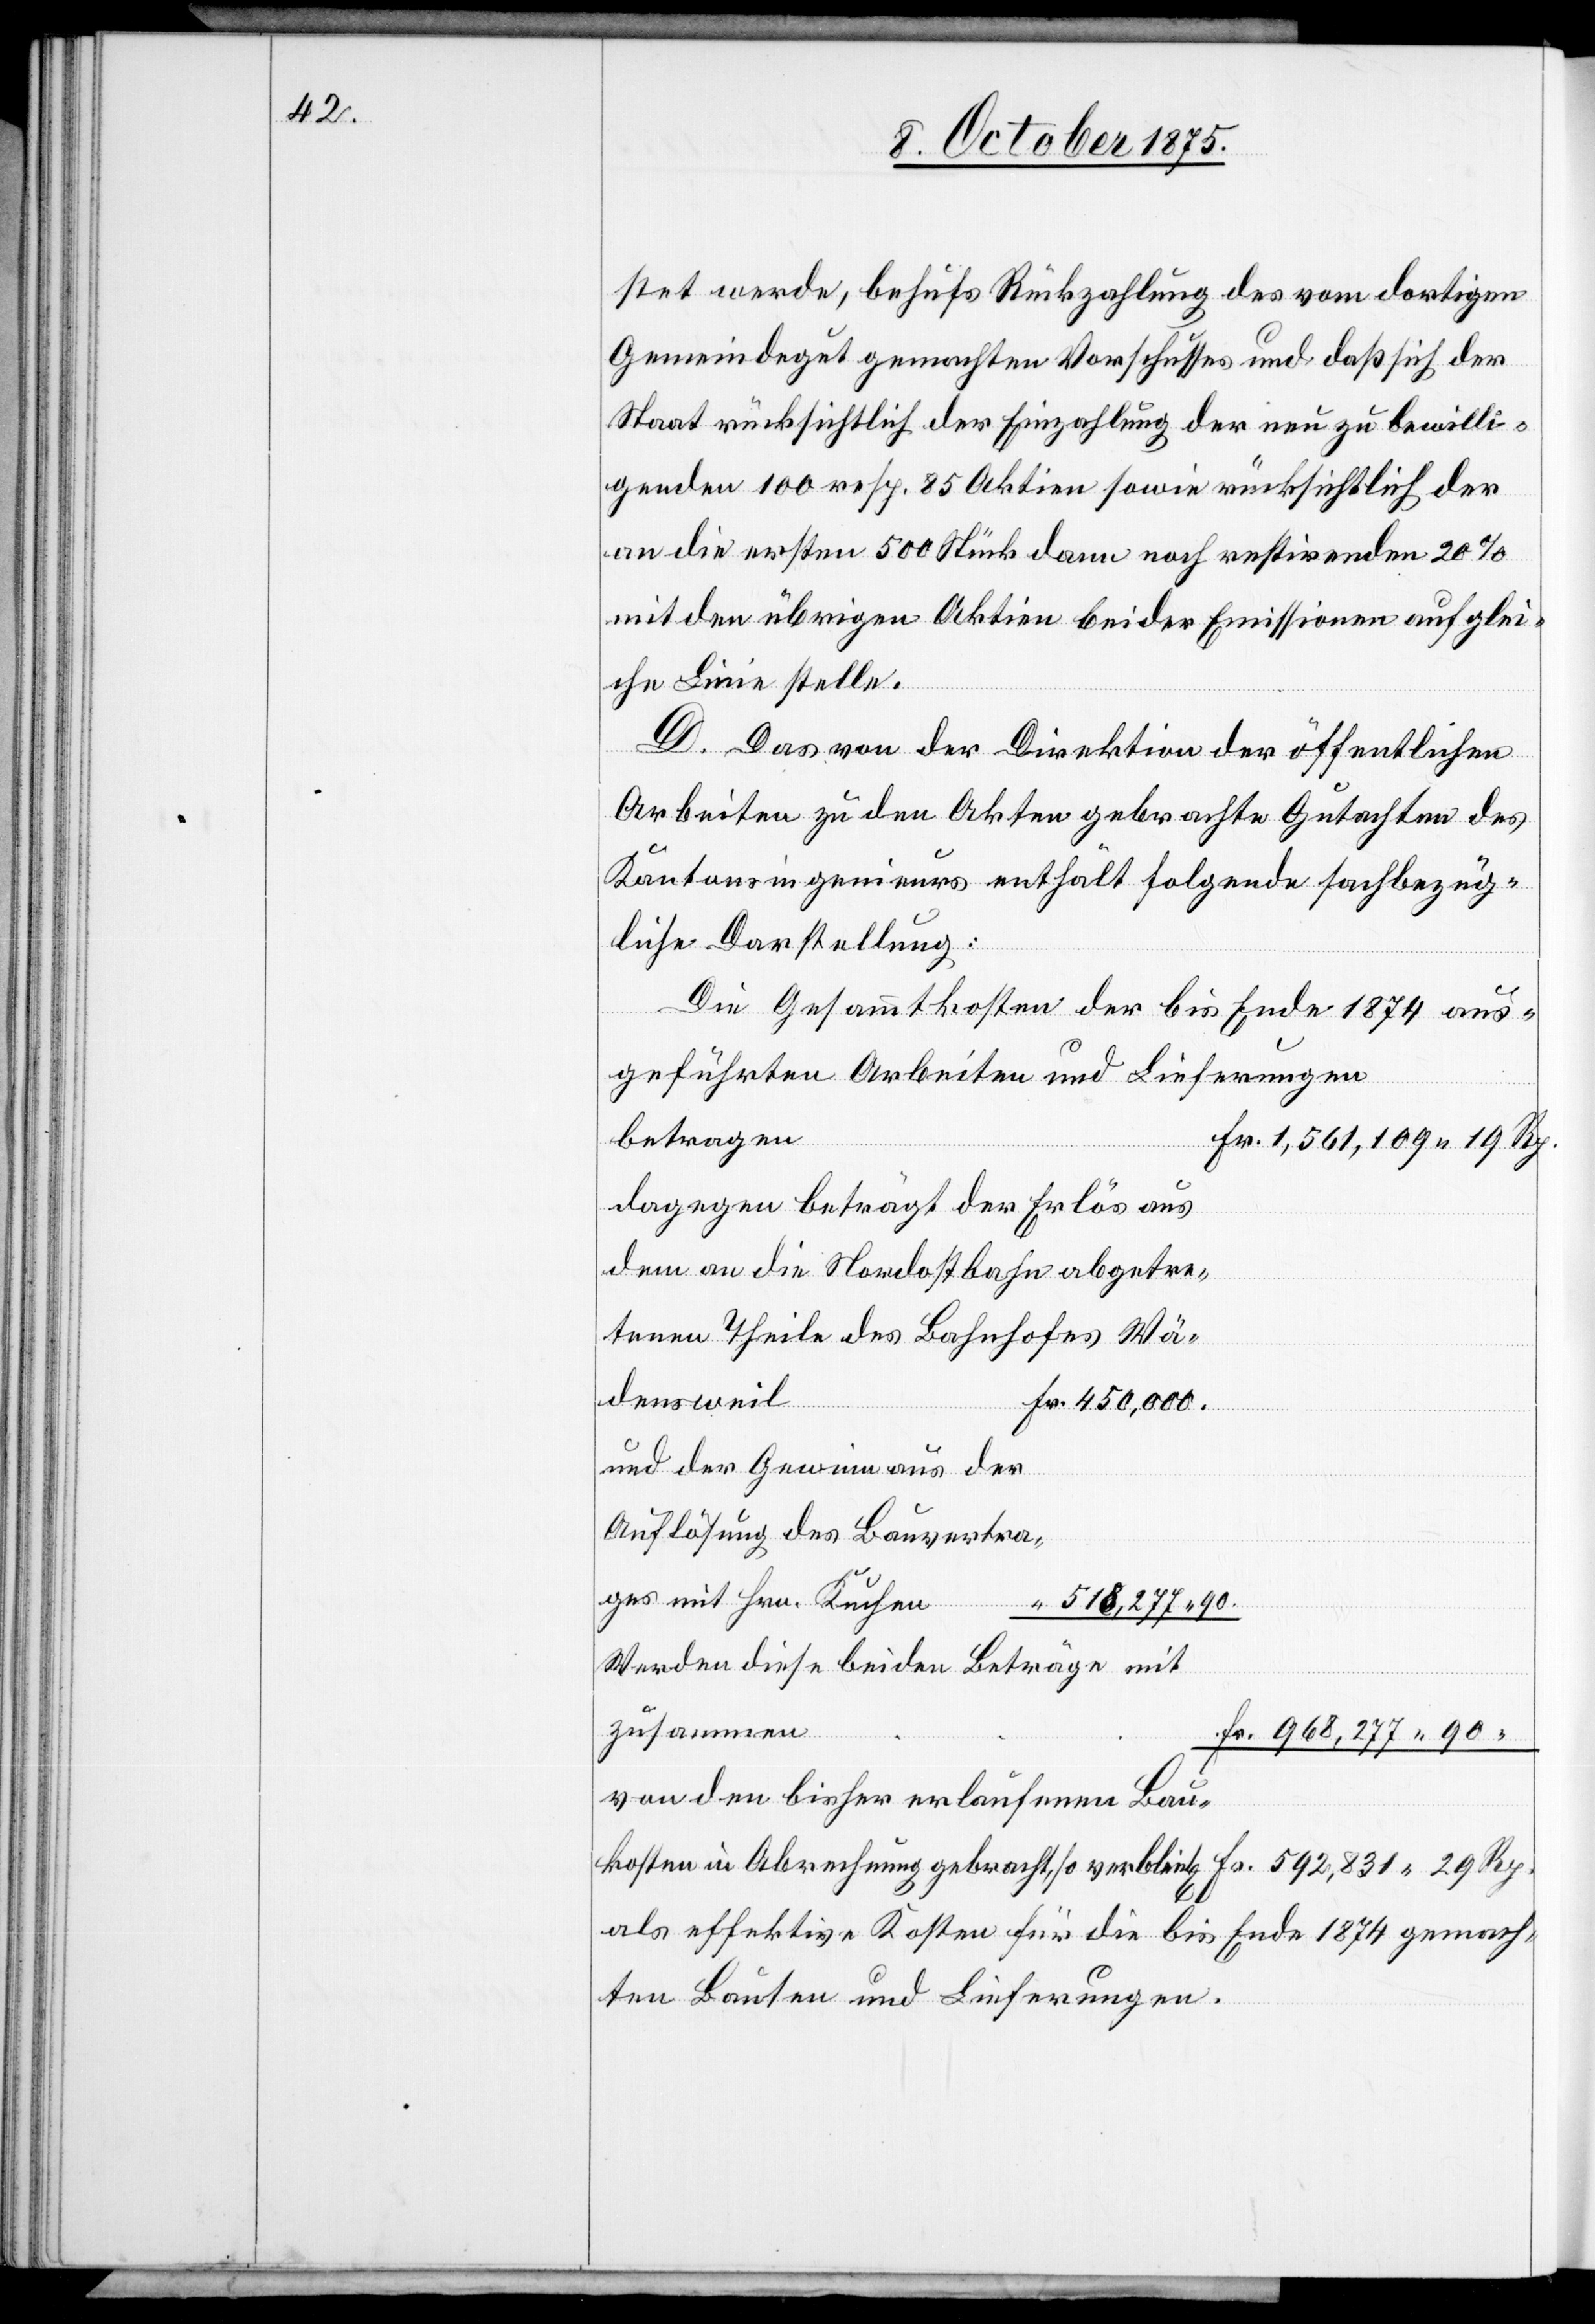
stet werde, behufs Rückzahlung des vom dortigen
Gemeindegut gemachten Vorschusses und daß sich der
Staat rücksichtlich der Einzahlung der neu zu bewilli¬
genden 100 resp. 85 Aktien sowie rücksichtlich der
an die ersten 500 Stück dann noch restirenden 20%
mit den übrigen Aktien beider Emissionen auf glei¬
che Linie stelle.
D. Das von der Direktion der öffentlichen
Arbeiten zu den Akten gebrachte Gutachten des
Kantonsingenieurs enthält folgende sachbezüg¬
liche Darstellung:
Die Gesammtkosten der bis Ende 1874 aus¬
geführten Arbeiten und Lieferungen
Fr.
betragen
dagegen beträgt der Erlös aus
dem an die Nordostbahn abgetre¬
tenen Theile des Bahnhofes Wä¬
Kuchen
densweil
verblieb]
und der Gewinn aus der
Auflösung des Bauvertra¬
Werden diese beiden Beträge mit
zusammen
von den bisher erlaufenen Bau¬
kosten in Abrechnung gebracht, so verbleits [recte:
als effektive Kosten für die bis Ende 1874 gemach¬
ten Bauten und Lieferungen.